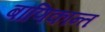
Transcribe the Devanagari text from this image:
बाणिकान्त